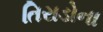
તિરાડોના